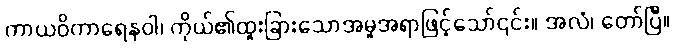
ကာယဝိကာရေနဝါ၊ ကိုယ်၏ထူးခြားသောအမူအရာဖြင့်သော်၎င်း။ အလံ၊ တော်ပြီ။